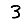
Digit: 3